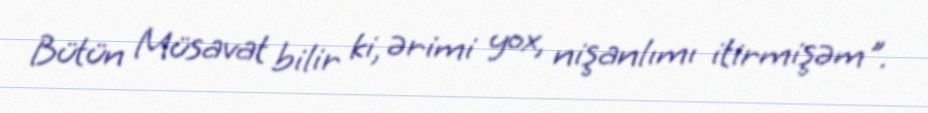
Bütün Müsavat bilir ki, ərimi yox, nişanlımı itirmişəm".